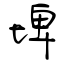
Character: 埤